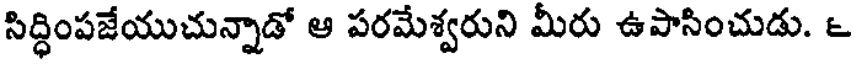
సిద్ధింపజేయుచున్నాడో ఆ పరమేశ్వరుని మీరు ఉపాసించుడు. ౬